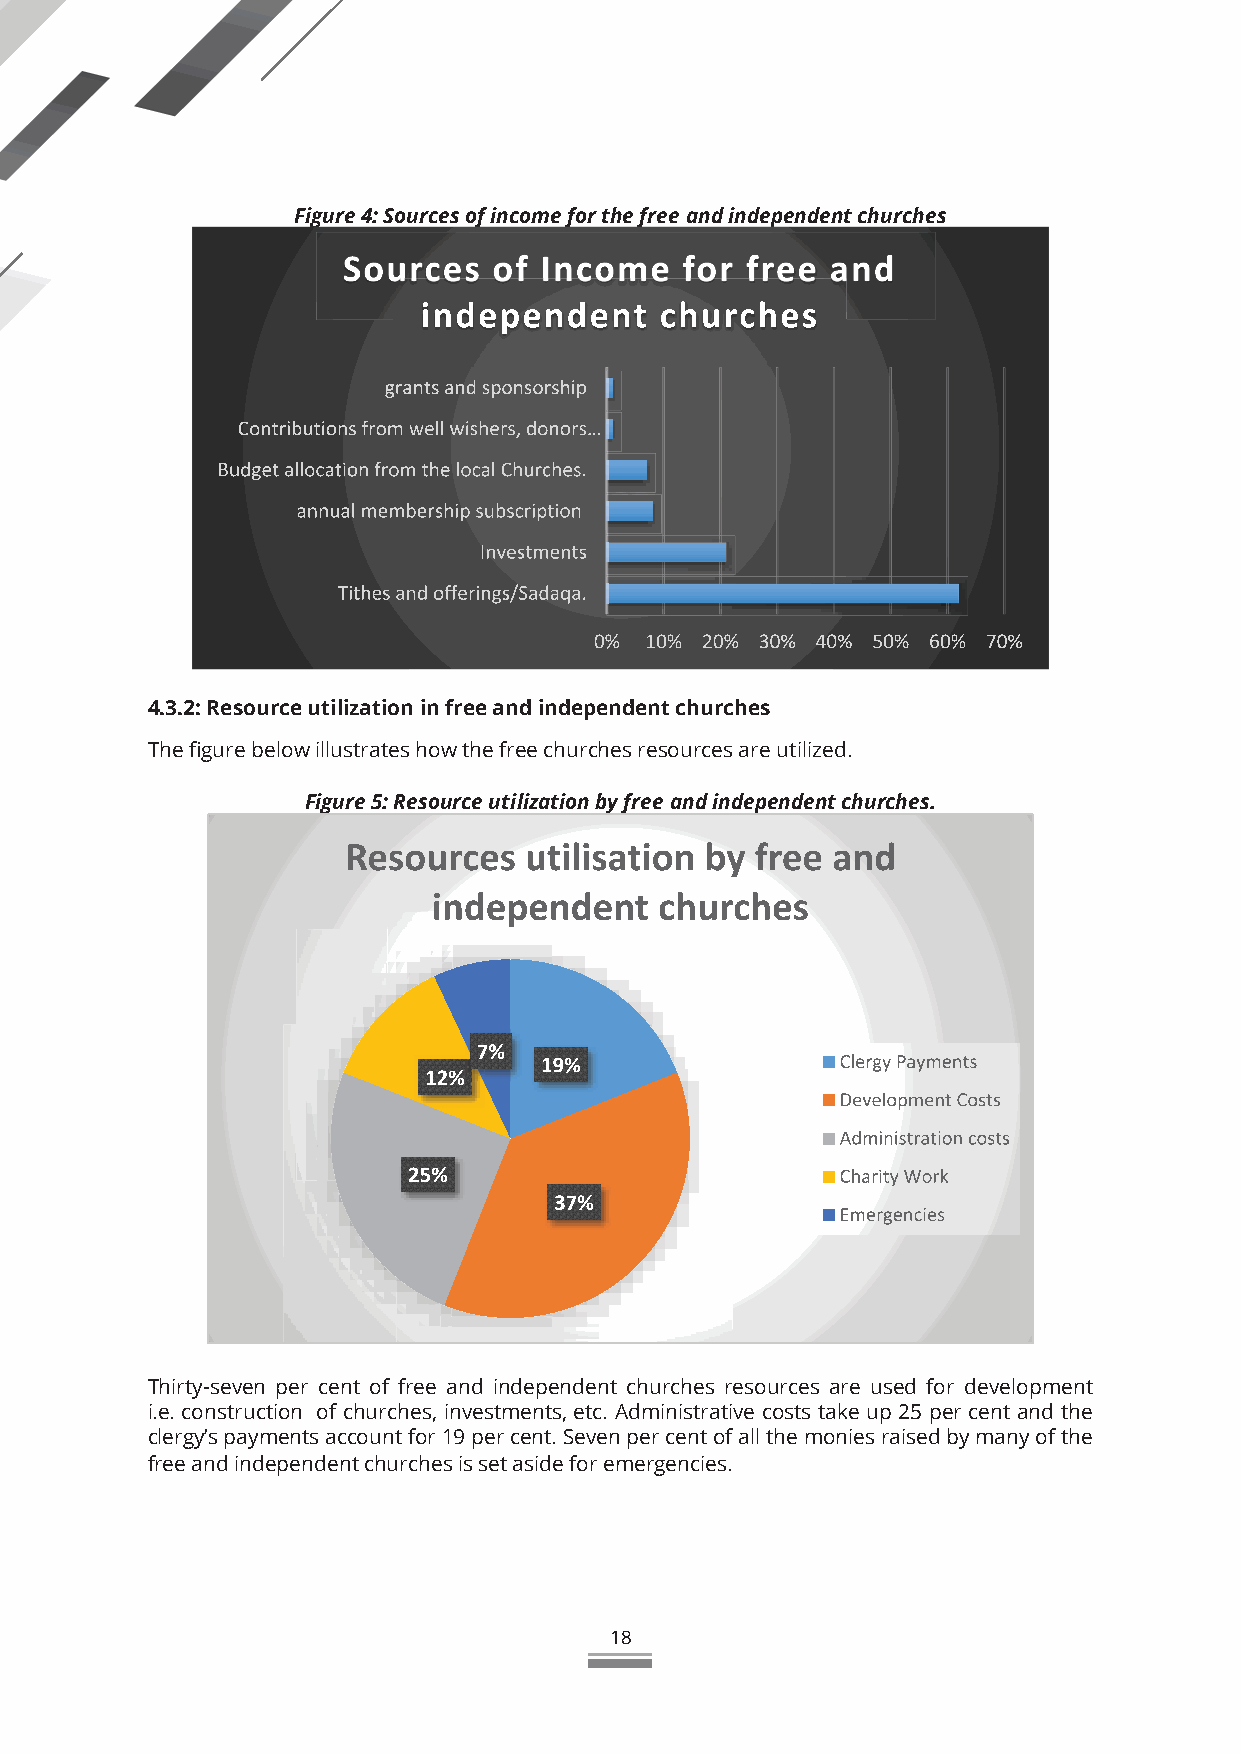
Figure 4: Sources of income for the free and independent churches
 4.3.2: Resource utilization in free and independent churches
 The figure below illustrates how the free churches resources are utilized.
 Figure 5: Resource utilization by free and independent churches.
 Thirty-seven per cent of free and independent churches resources are used for development
 i.e. construction of churches, investments, etc. Administrative costs take up 25 per cent and the
 clergy’s payments account for 19 per cent. Seven per cent of all the monies raised by many of the
 free and independent churches is set aside for emergencies.
 18